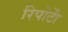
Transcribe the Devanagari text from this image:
रिपोर्टाें